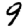
Digit: 9